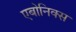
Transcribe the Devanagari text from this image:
एबोनिक्स